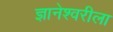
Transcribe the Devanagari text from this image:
ज्ञानेश्वरीला